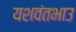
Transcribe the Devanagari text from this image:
यशवंतभाउ